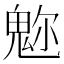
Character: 𩲪